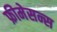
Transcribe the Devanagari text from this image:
फ्रीमेसन्स